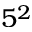
5 ^ { 2 }